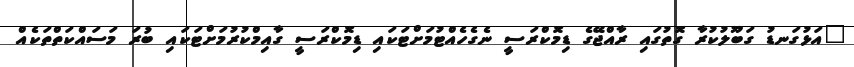
"އަޅުގަނޑު ގަބޫލުކުރާ ގޮތުގައި ރާއްޖޭގެ ޑިމޮކްރަސީ ނެގެހެއްޓުމަށްޓަކައި ޑިމޮކްރަސީ ގާއިމްކުރުމަށްޓަކައި ބުރަ މަސައްކަތްތަކެއް